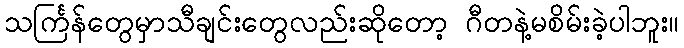
သင်္ကြန်တွေမှာသီချင်းတွေလည်းဆိုတော့ ဂီတနဲ့မစိမ်းခဲ့ပါဘူး။